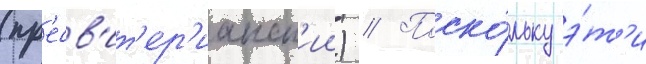
(пр'есв'ит'ер'ианск'ии) // Поско́льку э́т'и